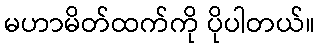
မဟာမိတ်ထက်ကို ပိုပါတယ်။